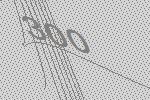
300